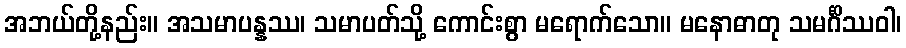
အဘယ်တို့နည်း။ အသမာပန္နဿ၊ သမာပတ်သို့ ကောင်းစွာ မရောက်သော။ မနောဓာတု သမင်္ဂိဿဝါ၊